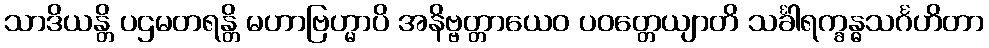
သာဒိယန္တိ ပဌမတရန္တိ မဟာဗြဟ္မာပိ အနိဗ္ဗတ္တာယေဝ ပဝတ္တေယျာတိ သင်္ခါရက္ခန္ဓသင်္ဂဟိတာ